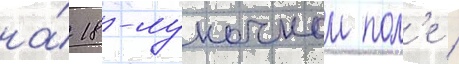
на́ 18-луночном пол'е /